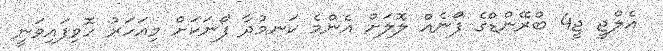
އެލްޖީ ޖީ4 ބްރޭންޑްގެ ފޯނެއް ލޮލަށް އެންމެ ކަނމުދާ ފޯނަކަށް މިއަހަރު ހޮވިފައިވަނީ